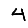
Digit: 4